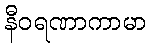
နီဝရဏာကာမာ